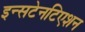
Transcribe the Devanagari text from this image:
इन्सटेनटिएशन